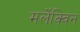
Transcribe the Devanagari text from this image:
मर्लेक्विन